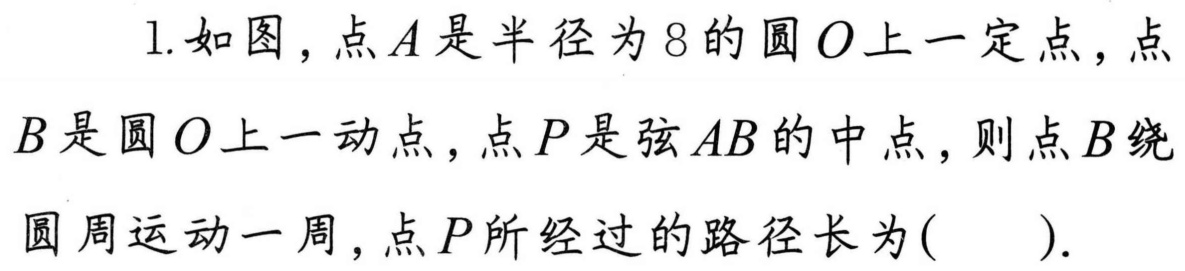
1.如图，点\(A\)是半径为\(8\)的圆\(O\)上一定点，点\(B\)是圆\(O\)上一动点，点\(P\)是弦\(AB\)的中点，则点\(B\)绕圆周运动一周，点\(P\)所经过的路径长为( ).